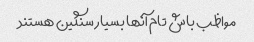
مواظب باش تام آنها بسیار سنگین هستند